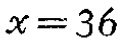
\(x = 36\)